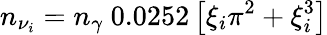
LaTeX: n_{\nu_{i}}=n_{\gamma}~0.0252\left[\xi_{i}\pi^{2}+\xi_{i}^{3}\right]